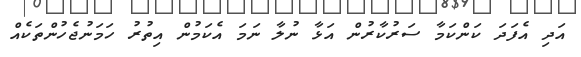
އަދި އެފަދަ ކަންކަމާ ސަރުކާރުން އަޅާ ނުލާ ނަމަ އެކަމުން އިތުރު ހަމަނުޖެހުންތަކެއް